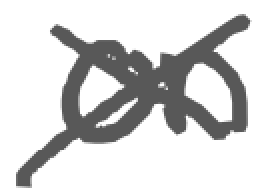
Text: on
Cross-out: mix
Writing tool: digital_gray